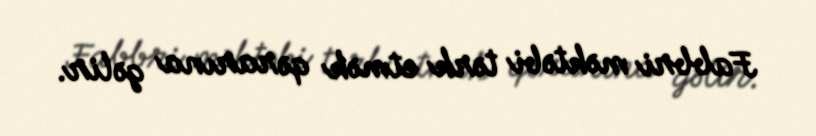
Fabbri məktəbi tərk etmək qərarına gəlir.